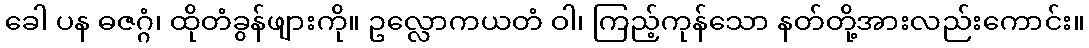
ခေါ ပန ဓဇဂ္ဂံ၊ ထိုတံခွန်ဖျားကို။ ဥလ္လောကယတံ ဝါ၊ ကြည့်ကုန်သော နတ်တို့အားလည်းကောင်း။